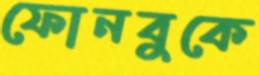
ফোনবুকে